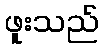
ဖူးသည်